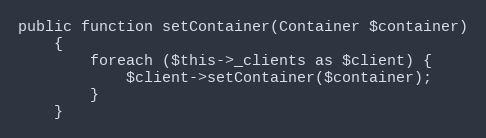
Language: PHP
public function setContainer(Container $container)
    {
        foreach ($this->_clients as $client) {
            $client->setContainer($container);
        }
    }